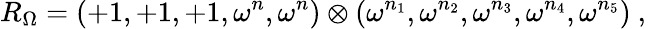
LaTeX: R_{\Omega}=(+1,+1,+1,\omega^{n},\omega^{n})\otimes(\omega^{n_{1}},\omega^{n_{2}},\omega^{n_{3}},\omega^{n_{4}},\omega^{n_{5}})~,~\,